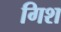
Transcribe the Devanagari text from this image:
गिश